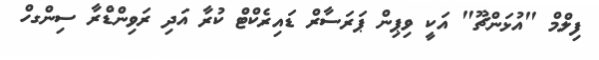
ފިލްމް "އުޅަންޗޫ" އަކީ ވިޕިން ޕަރަސާރް ޑައިރެކްޓް ކުރާ އަދި ރަވިންޑްރާ ސިންގހް